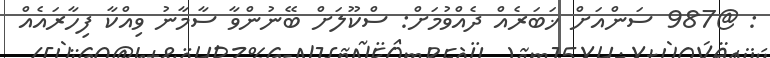
: @987 ސަންއަށް ޚަބަރެއް ދެއްވުމަށް: ސްކޫލަށް ބޭނުންވާ ސާމާނު ވިއްކާ ފިހާރައެއް